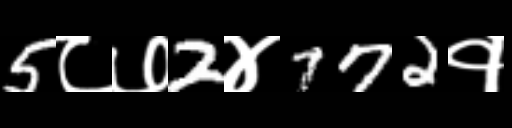
Text: 5८७2४772१